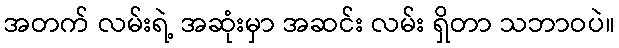
အတက် လမ်းရဲ့ အဆုံးမှာ အဆင်း လမ်း ရှိတာ သဘာဝပဲ။